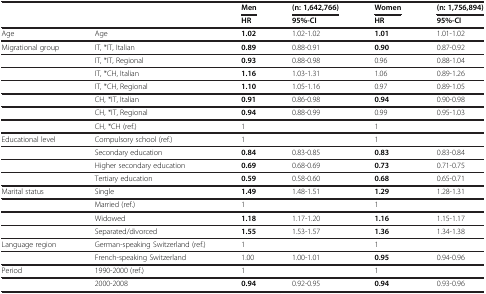
<table><thead><tr><td><b> </b></td><td><b> </b></td><td><b>Men</b></td><td><b>(n: 1,642,766)</b></td><td><b>Women</b></td><td><b>(n: 1,756,894)</b></td></tr><tr><td><b> </b></td><td><b> </b></td><td><b>HR</b></td><td><b>95%-CI</b></td><td><b>HR</b></td><td><b>95%-CI</b></td></tr></thead><tbody><tr><td>Age</td><td>Age</td><td><b>1.02</b></td><td>1.02-1.02</td><td><b>1.01</b></td><td>1.01-1.02</td></tr><tr><td>Migrational group</td><td>IT, *IT, Italian</td><td><b>0.89</b></td><td>0.88-0.91</td><td><b>0.90</b></td><td>0.87-0.92</td></tr><tr><td> </td><td>IT, *IT, Regional</td><td><b>0.93</b></td><td>0.88-0.98</td><td>0.96</td><td>0.88-1.04</td></tr><tr><td> </td><td>IT, *CH, Italian</td><td><b>1.16</b></td><td>1.03-1.31</td><td>1.06</td><td>0.89-1.26</td></tr><tr><td> </td><td>IT, *CH, Regional</td><td><b>1.10</b></td><td>1.05-1.16</td><td>0.97</td><td>0.89-1.05</td></tr><tr><td> </td><td>CH, *IT, Italian</td><td><b>0.91</b></td><td>0.86-0.98</td><td><b>0.94</b></td><td>0.90-0.98</td></tr><tr><td> </td><td>CH, *IT, Regional</td><td><b>0.94</b></td><td>0.88-0.99</td><td>0.99</td><td>0.95-1.03</td></tr><tr><td> </td><td>CH, *CH (ref.)</td><td>1</td><td> </td><td>1</td><td> </td></tr><tr><td>Educational level</td><td>Compulsory school (ref.)</td><td>1</td><td> </td><td>1</td><td> </td></tr><tr><td> </td><td>Secondary education</td><td><b>0.84</b></td><td>0.83-0.85</td><td><b>0.83</b></td><td>0.83-0.84</td></tr><tr><td> </td><td>Higher secondary education</td><td><b>0.69</b></td><td>0.68-0.69</td><td><b>0.73</b></td><td>0.71-0.75</td></tr><tr><td> </td><td>Tertiary education</td><td><b>0.59</b></td><td>0.58-0.60</td><td><b>0.68</b></td><td>0.65-0.71</td></tr><tr><td>Marital status</td><td>Single</td><td><b>1.49</b></td><td>1.48-1.51</td><td><b>1.29</b></td><td>1.28-1.31</td></tr><tr><td> </td><td>Married (ref.)</td><td>1</td><td> </td><td>1</td><td> </td></tr><tr><td> </td><td>Widowed</td><td><b>1.18</b></td><td>1.17-1.20</td><td><b>1.16</b></td><td>1.15-1.17</td></tr><tr><td> </td><td>Separated/divorced</td><td><b>1.55</b></td><td>1.53-1.57</td><td><b>1.36</b></td><td>1.34-1.38</td></tr><tr><td>Language region</td><td>German-speaking Switzerland (ref.)</td><td>1</td><td> </td><td>1</td><td> </td></tr><tr><td> </td><td>French-speaking Switzerland</td><td>1.00</td><td>1.00-1.01</td><td><b>0.95</b></td><td>0.94-0.96</td></tr><tr><td>Period</td><td>1990-2000 (ref.)</td><td>1</td><td> </td><td>1</td><td> </td></tr><tr><td> </td><td>2000-2008</td><td><b>0.94</b></td><td>0.92-0.95</td><td><b>0.94</b></td><td>0.93-0.96</td></tr></tbody></table>